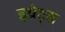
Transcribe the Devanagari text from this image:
इग्रेट्स